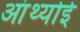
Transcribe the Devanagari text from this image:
आंथ्‍योई